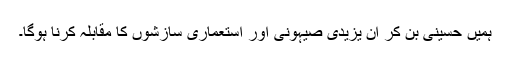
ہمیں حسینی بن کر ان یزیدی صیہونی اور استعماری سازشوں کا مقابلہ کرنا ہوگا۔